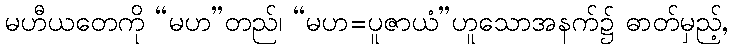
မဟီယတေကို “မဟ”တည်၊ “မဟ=ပူဇာယံ”ဟူသောအနက်၌ ဓာတ်မှည့်,